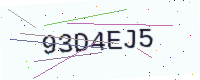
Text: 93D4EJ5